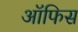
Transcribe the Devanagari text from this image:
आॅफिस